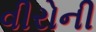
વીરોની